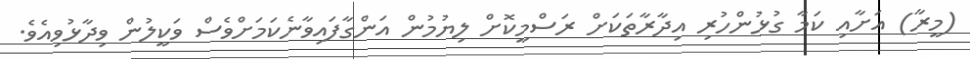
(މީރާ) އަށާއި ކަމާ ގުޅުންހުރި އިދާރާތަކަށް ރަސްމީކޮށް ލިޔުމުން އަންގާފައިވާނެކަމަށްވެސް ވަކީލުން ވިދާޅުވިއެވެ.